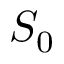
S _ { 0 }